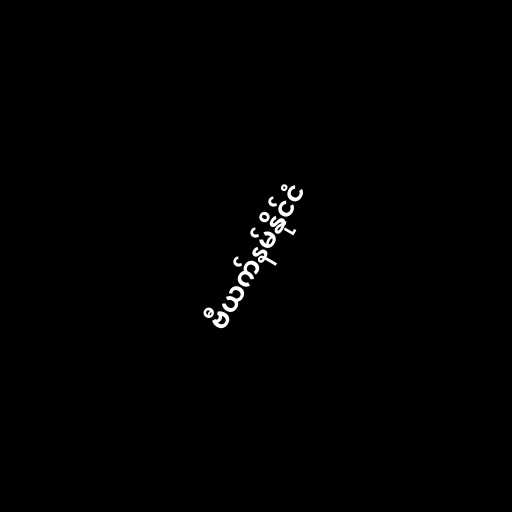
ဗီယက်နမ်နိုင်ငံ